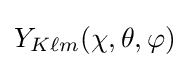
Y_{K\ell m}(\chi ,\theta ,\varphi )